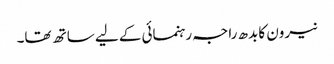
نیرون کا بدھ راجہ رہنمائی کے لیے ساتھ تھا۔